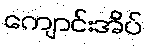
ကျောင်းအိပ်